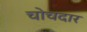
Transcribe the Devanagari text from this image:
चोचदार